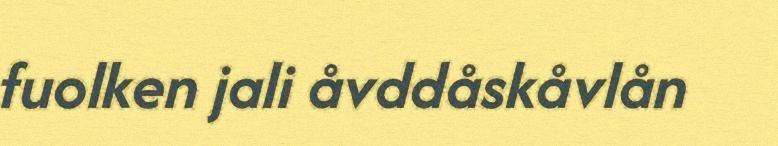
fuolken jali åvddåskåvlån